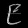
Digit: ၉